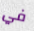
في